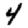
Digit: 4